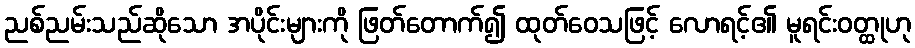
ညစ်ညမ်းသည်ဆိုသော အပိုင်းများကို ဖြတ်တောက်၍ ထုတ်ဝေသဖြင့် လောရင့်၏ မူရင်းဝတ္ထုဟု